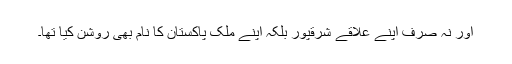
اور نہ صرف اپنے علاقے شرقپور بلکہ اپنے ملک پاکستان کا نام بھی روشن کیا تھا۔